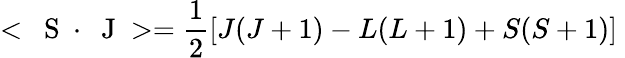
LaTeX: <\mathrm{~\mathbf~S~}\cdot\mathrm{~\mathbf~J~}>=\frac{1}{2}[J(J+1)-L(L+1)+S(S+1)]\;